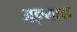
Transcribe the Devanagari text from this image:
गङ्गाक